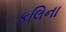
કલિના